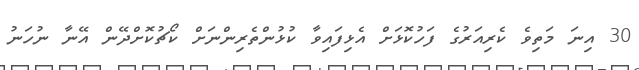
30 އިނަ މަތިވެ ކެރިއަރުގެ ފަހުކޮޅަށް އެޅިފައިވާ ކުޅުންތެރިންނަށް ކޯޗުކޮށްދޭން އޭނާ ނުހަނު